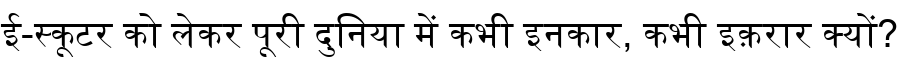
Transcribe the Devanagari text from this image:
ई-स्कूटर को लेकर पूरी दुनिया में कभी इनकार, कभी इक़रार क्यों?